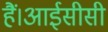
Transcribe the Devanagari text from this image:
हैं।आईसीसी